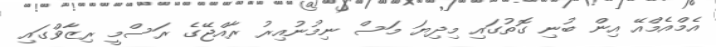
އެމްއެމްއޭ އިން ބުނި ގޮތުގައި މިދިޔަ މަސް ނިމުނުއިރު ރާއްޖޭގެ ރަސްމީ ރިޒާވްގައި